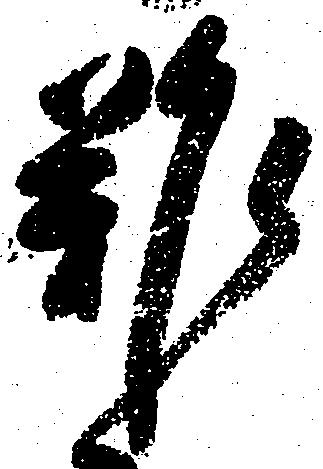
難